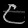
Digit: ၉